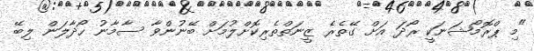
"މި ޕްރޮމޯޝަނަކީ ރޯދަ އަށް ގޭތެރެ ޒީނަތްތެރިކޮށްލުމަށް ބޭނުންވާ ސާމާނު ހޯދާލަން ލިބޭ